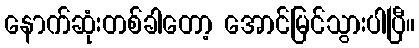
နောက်ဆုံးတစ်ခါတော့ အောင်မြင်သွားပါပြီ။